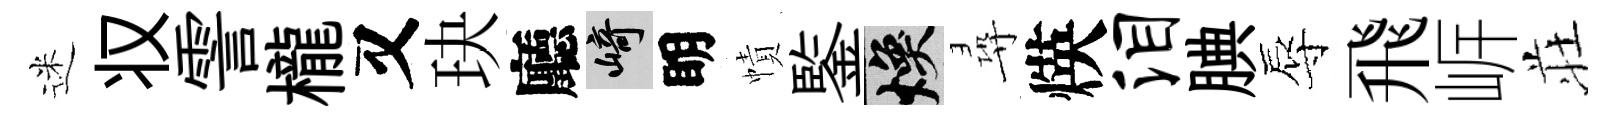
迷𠬧霅櫳又玦廳崎眀幘鍳焕尋煐泪腆辱飛㟁荘